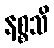
နစ္စသိ